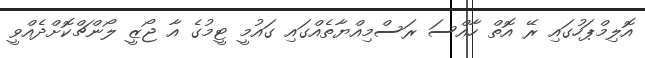
އޮލިމްޕަހުގައި ރޭ އޮތް ހާއްސަ ރަސްމިއްޔާތެއްގައި ގައުމީ ޓީމުގެ އާ ޖޯޒީ ލޯންޗްކޮށްދެއްވީ